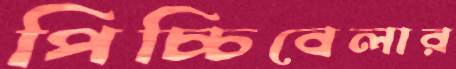
পিচ্চিবেলার